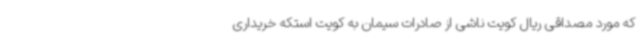
که مورد مصداقی ریال کویت ناشی از صادرات سیمان به کویت استکه خریداری